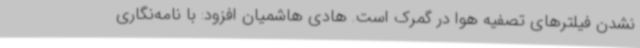
نشدن فیلترهای تصفیه هوا در گمرک است. هادی هاشمیان افزود: با نامه‌نگاری